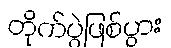
တိုက်ပွဲဖြစ်ပွား